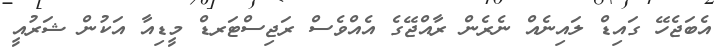
އެބަޖެހޭ ގައިޑް ލައިނެއް ނެރެން ރާއްޖޭގެ އެއްވެސް ރަޖިސްޓަރޑް މީޑިއާ އަކުން ޝަރުއީ